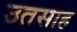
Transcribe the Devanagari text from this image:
उतसाह